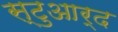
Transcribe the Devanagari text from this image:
स्टुआर्द